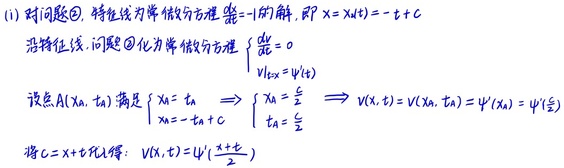
(i) 对问题\textcircled{1}, 特征线为常微分方程$\frac{dx}{dt}=-1$的解, 即$x = X(t)=-t + C$
沿特征线, 问题\textcircled{1}化为常微分方程$\begin{cases}\frac{dv}{dt}=0 \\ v|_{x = X(t)}=\psi(t)\end{cases}$
设点$A(x_a,t_a)$满足$\begin{cases}x_a = t_a \\ x_a=-t_a + C\end{cases}\Rightarrow\begin{cases}x_a=\frac{C}{2} \\ t_a=\frac{C}{2}\end{cases}\Rightarrow V(x,t)=V(x_a,t_a)=\psi(x_a)=\psi(\frac{C}{2})$
将$C = x + t$代入得: $V(x,t)=\psi(\frac{x + t}{2})$